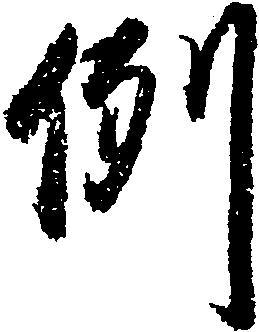
例